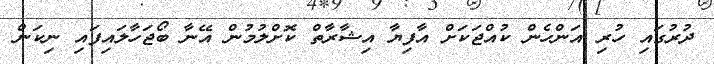
ދުރުގައި ހުރި އަންހެން ކުއްޖަކަށް އާފިޔާ އިޝާރާތް ކޮށްލުމުން އޭނާ ބޯޖަހާލައިފައި ނިކަން